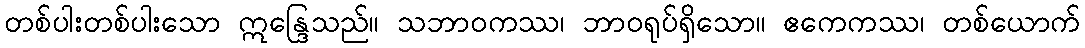
တစ်ပါးတစ်ပါးသော ဣန္ဒြေသည်။ သဘာဝကဿ၊ ဘာဝရုပ်ရှိသော။ ဧကေကဿ၊ တစ်ယောက်